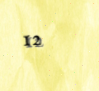
12